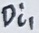
Text: Di1